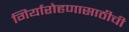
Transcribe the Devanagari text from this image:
गिर्यारोहणासाठीची